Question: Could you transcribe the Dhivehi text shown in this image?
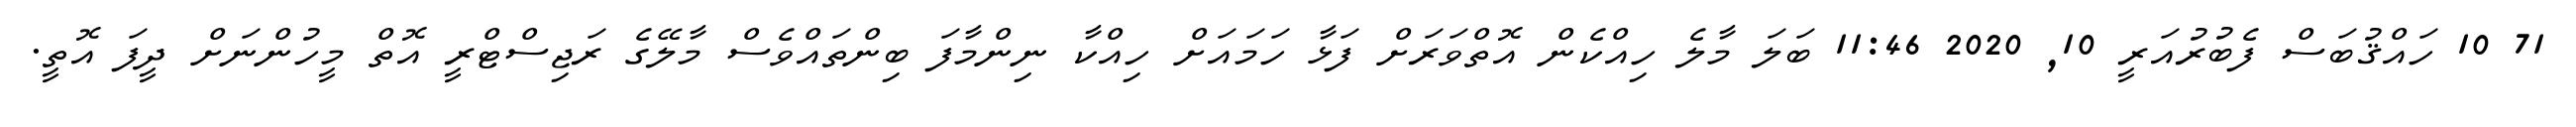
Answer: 71 10 ހައްޤުބަސް ފެބުރުއަރީ 10, 2020 11:46 ބަލަ މާލެ ހިއްކެން އޮތްވަރަށް ފަޅާ ހަމައަށް ހިއްކާ ނިންމާފަ ބިންތައްވެސް މާލޭގެ ރަޖިސްޓްރީ އޮތް މީހުންނަށް ދީފަ އޮތީ.